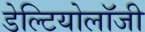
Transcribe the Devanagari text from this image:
डेल्टियोलॉजी